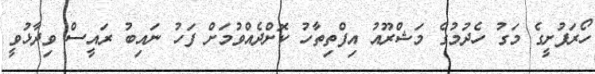
ހޯރަފުށީގެ މަގު ހެދުމުގެ މަޝްރޫއު އިފްތިތާހު ކޮށްދެއްވުމަށް ފަހު ނައިބު ރައީސް ވިދާޅުވީ